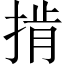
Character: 掯